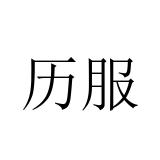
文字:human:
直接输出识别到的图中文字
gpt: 历服